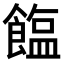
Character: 𫗘